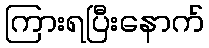
ကြားရပြီးနောက်